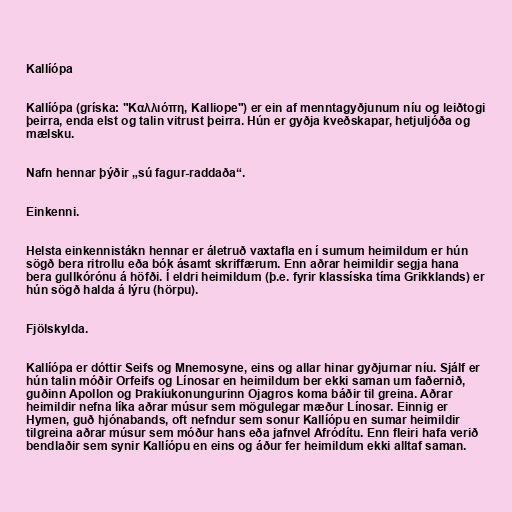
Kallíópa

Kallíópa (gríska: "Καλλιόπη, Kalliope") er ein af menntagyðjunum níu og leiðtogi
þeirra, enda elst og talin vitrust þeirra. Hún er gyðja kveðskapar, hetjuljóða og
mælsku.

Nafn hennar þýðir „sú fagur-raddaða“.

Einkenni.

Helsta einkennistákn hennar er áletruð vaxtafla en í sumum heimildum er hún
sögð bera ritrollu eða bók ásamt skriffærum. Enn aðrar heimildir segja hana
bera gullkórónu á höfði. Í eldri heimildum (þ.e. fyrir klassíska tíma Grikklands) er
hún sögð halda á lýru (hörpu).

Fjölskylda.

Kallíópa er dóttir Seifs og Mnemosyne, eins og allar hinar gyðjurnar níu. Sjálf er
hún talin móðir Orfeifs og Línosar en heimildum ber ekki saman um faðernið,
guðinn Apollon og Þrakíukonungurinn Ojagros koma báðir til greina. Aðrar
heimildir nefna líka aðrar músur sem mögulegar mæður Línosar. Einnig er
Hymen, guð hjónabands, oft nefndur sem sonur Kallíópu en sumar heimildir
tilgreina aðrar músur sem móður hans eða jafnvel Afródítu. Enn fleiri hafa verið
bendlaðir sem synir Kallíópu en eins og áður fer heimildum ekki alltaf saman.